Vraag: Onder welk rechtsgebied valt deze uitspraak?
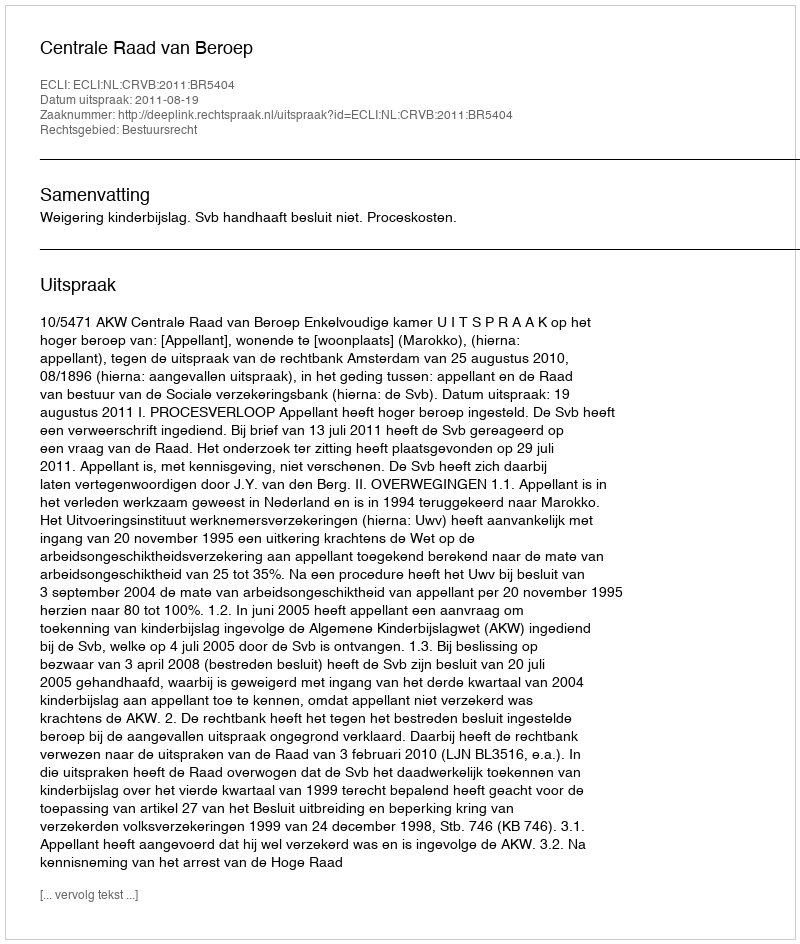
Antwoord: Bestuursrecht